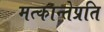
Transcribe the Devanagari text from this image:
मत्कान्तेप्रति